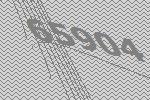
65904